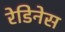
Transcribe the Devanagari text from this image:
रेडिनेस